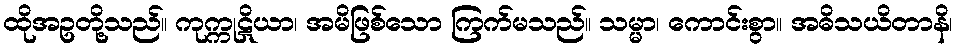
ထိုအဥတို့သည်။ ကုက္ကုဋိယာ၊ အမိဖြစ်သော ကြက်မသည်။ သမ္မာ၊ ကောင်းစွာ။ အဓိသယိတာနိ၊